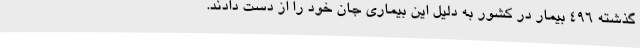
گذشته ۴۹۶ بیمار در کشور به دلیل این بیماری جان خود را از دست دادند.